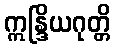
ဣန္ဒြိယဂုတ္တိ